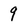
Character: 9